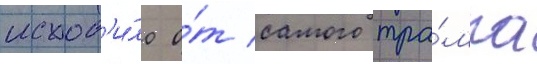
исход'и́ло о́т самого тра́мпа